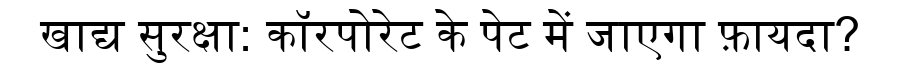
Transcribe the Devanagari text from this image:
खाद्य सुरक्षा: कॉरपोरेट के पेट में जाएगा फ़ायदा?